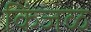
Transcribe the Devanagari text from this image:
किंजळ